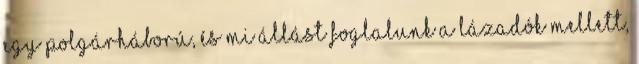
egy polgárháború, és mi állást foglalunk a lázadók mellett,